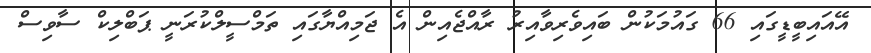
އޭއައިބީޑީގައި 66 ގައުމަކުން ބައިވެރިވާއިރު ރާއްޖެއިން އެ ޖަމިއްޔާގައި ތަމްސީލްކުރަނީ ޕަބްލިކް ސާވިސް